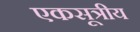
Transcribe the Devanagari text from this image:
एकसूत्रीय